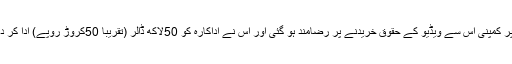
“رپورٹ کے مطابق بعدازاں کم کارڈیشین نے کمپنی کے خلاف دعویٰ دائر کیا، جس پر کمپنی اس سے ویڈیو کے حقوق خریدنے پر رضامند ہو گئی اور اس نے اداکارہ کو 50لاکھ ڈالر (تقریباً 50کروڑ روپے) ادا کر دیئے جس کے بعد اس کی ویب سائٹ پر موجود ویڈیو کو قانونی حیثیت حاصل ہو گئی۔